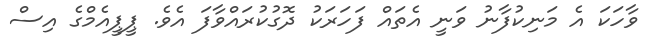
ވާހަކަ އެ މަނިކުފާނު ވަނީ އެތައް ފަހަރަކު ދޮގުކުރައްވާފަ އެވެ. ޕީޕީއެމްގެ އިސް